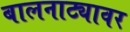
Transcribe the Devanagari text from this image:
बालनाट्यावर